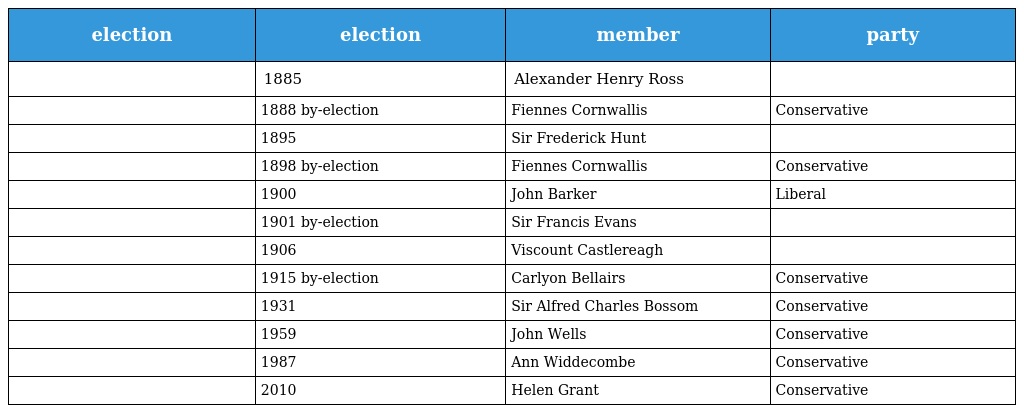
| election | election | member | party |
 | --- | --- | --- | --- |
 |  | 1885 | Alexander Henry Ross |  |
 |  | 1888 by-election | Fiennes Cornwallis | Conservative |
 |  | 1895 | Sir Frederick Hunt |  |
 |  | 1898 by-election | Fiennes Cornwallis | Conservative |
 |  | 1900 | John Barker | Liberal |
 |  | 1901 by-election | Sir Francis Evans |  |
 |  | 1906 | Viscount Castlereagh |  |
 |  | 1915 by-election | Carlyon Bellairs | Conservative |
 |  | 1931 | Sir Alfred Charles Bossom | Conservative |
 |  | 1959 | John Wells | Conservative |
 |  | 1987 | Ann Widdecombe | Conservative |
 |  | 2010 | Helen Grant | Conservative |